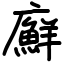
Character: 廯